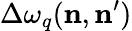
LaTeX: \Delta\omega_{q}(\mathbf{n},\mathbf{n^{\prime}})